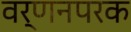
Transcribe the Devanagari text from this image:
वर्णनपरक